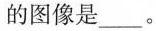
的图像是___。